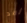
لقد